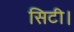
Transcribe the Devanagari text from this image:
सिटी।